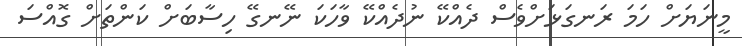
މީނަޔަށް ހަމަ ރަނގަޅަށްވެސް ދެއްކޭ ނުދެއްކޭ ވާހަކަ ނޭނގޭ ހިސާބަށް ކަންތަށް ގޮއްސަ